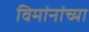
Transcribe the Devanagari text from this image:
विमांनांच्या